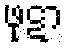
ဖုဋာ